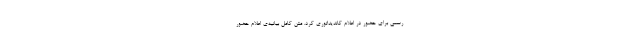
رسمی برای حضور در اعلام کاندیداتوری کرد. متن کامل بیانیه‌ی اعلام حضور